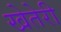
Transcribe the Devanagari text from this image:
खेतेरी